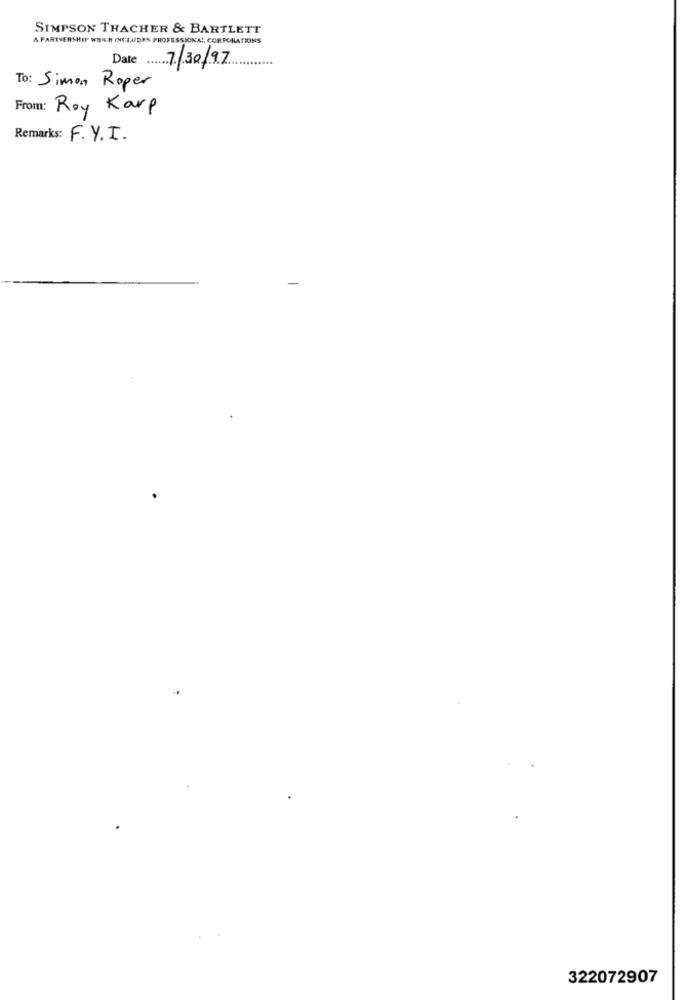
SIMPSON THACHER & BARTLETT
A PARTNERSHIP WHICH INCLUDES PROFESSIONAL, CORPORATIONS
Date
7/30/97
To: Simon Roper
From: Roy Karp
Remarks: F.Y.I.
322072907